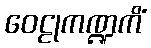
ဝေဠုကဏ္ဍကိံ